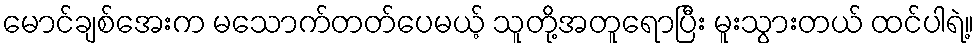
မောင်ချစ်အေးက မသောက်တတ်ပေမယ့် သူတို့အတူရောပြီး မူးသွားတယ် ထင်ပါရဲ့။